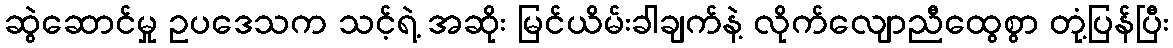
ဆွဲဆောင်မှု ဥပဒေသက သင့်ရဲ့ အဆိုး မြင်ယိမ်းခါချက်နဲ့ လိုက်လျောညီထွေစွာ တုံ့ပြန်ပြီး